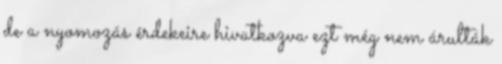
de a nyomozás érdekeire hivatkozva ezt még nem árulták